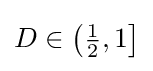
D\in \left({\tfrac {1}{2}},1\right]